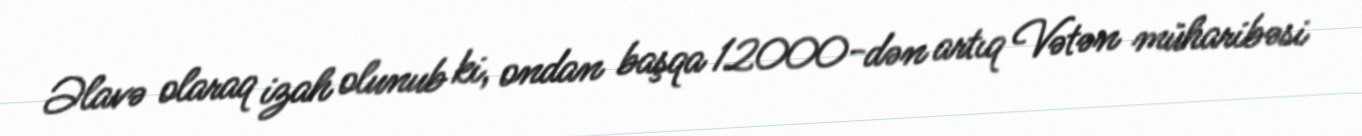
Əlavə olaraq izah olunub ki, ondan başqa 12000-dən artıq Vətən müharibəsi